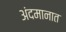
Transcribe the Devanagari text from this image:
अंदमानात